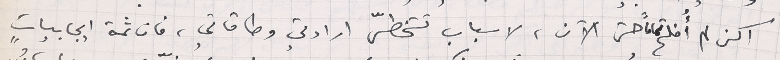
اكن لم أُفلح تماماً حتى الآن، لاسباب تتخطّى ارادتي وطاقاتي، فان ثمة ايجابياتٍ